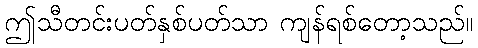
ဤသီတင်းပတ်နှစ်ပတ်သာ ကျန်ရစ်တော့သည်။